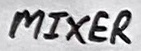
Text: MIXER